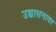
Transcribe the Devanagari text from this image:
उच्चासनावर